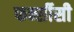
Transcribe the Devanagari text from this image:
फर्न्सीसी